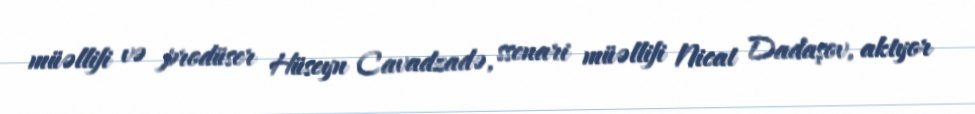
müəllifi və prodüser Hüseyn Cavadzadə, ssenari müəllifi Nicat Dadaşov, aktyor